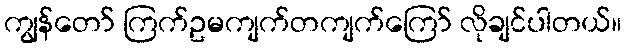
ကျွန်တော် ကြက်ဥမကျက်တကျက်ကြော် လိုချင်ပါတယ်။